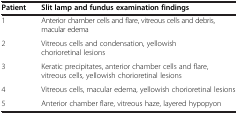
| Patient | Slit lamp and fundus examination findings |
 | --- | --- |
 | 1 | Anterior chamber cells and flare, vitreous cells and debris, macular edema |
 | 2 | Vitreous cells and condensation, yellowish chorioretinal lesions |
 | 3 | Keratic precipitates, anterior chamber cells and flare, vitreous cells, yellowish chorioretinal lesions |
 | 4 | Vitreous cells, macular edema, yellowish chorioretinal lesions |
 | 5 | Anterior chamber flare, vitreous haze, layered hypopyon |